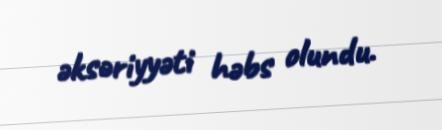
əksəriyyəti həbs olundu.